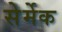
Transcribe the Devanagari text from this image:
सेर्मेक